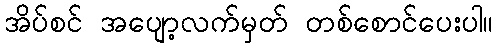
အိပ်စင် အပျော့လက်မှတ် တစ်စောင်ပေးပါ။